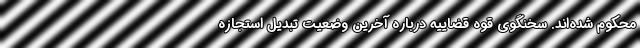
محکوم شده‌اند. سخنگوی قوه قضاییه درباره آخرین وضعیت تبدیل استجازه